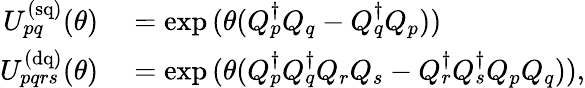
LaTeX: \begin{array}{rl}{U_{pq}^{\mathrm{(sq)}}(\theta)}&{{}=\exp{(\theta(Q_{p}^{\dagger}{}Q_{q}-Q_{q}^{\dagger}{}Q_{p}))}}\\ {U_{pqrs}^{\mathrm{(dq)}}(\theta)}&{{}=\exp{(\theta(Q_{p}^{\dagger}{}Q_{q}^{\dagger}{}Q_{r}Q_{s}-Q_{r}^{\dagger}{}Q_{s}^{\dagger}{}Q_{p}Q_{q}))},}\end{array}